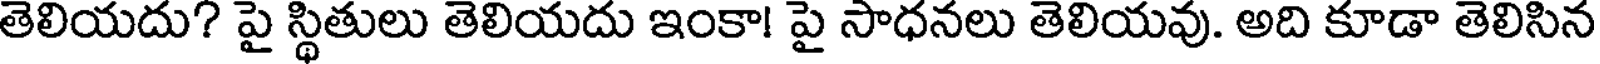
తెలియదు? పై స్థితులు తెలియదు ఇంకా! పై సాధనలు తెలియవు. అది కూడా తెలిసిన